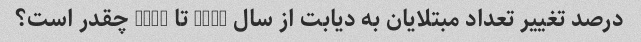
درصد تغییر تعداد مبتلایان به دیابت از سال 2000 تا 2017 چقدر است؟